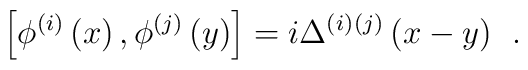
\left[ \phi ^{(i)}\left( x\right) ,\phi ^{(j)}\left( y\right) \right]=i\Delta ^{(i)}{}^{(j)}\left( x-y\right) \;\,.